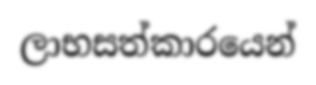
ලාභසත්කාරයෙන්